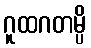
ဂူထဂတမ္ပိ